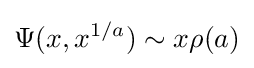
\Psi (x,x^{1/a})\sim x\rho (a)